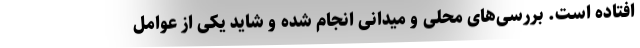
افتاده است. بررسی‌های محلی و میدانی انجام شده و شاید یکی از عوامل